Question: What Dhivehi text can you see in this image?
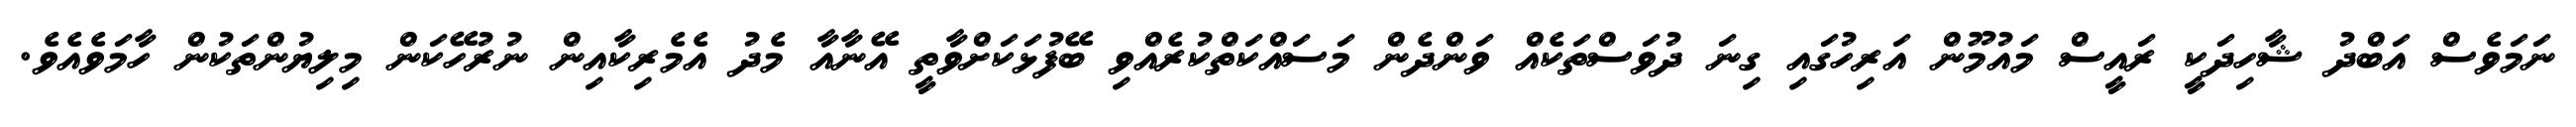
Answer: ނަމަވެސް އަބްދު ޝާހިދަކީ ރައީސް މައުމޫން އަރިހުގައި ގިނަ ދުވަސްތަކެއް ވަންދެން މަސައްކަތްކުރެއްވި ބޭފުޅަކަށްވާތީ އޭނާއާ މެދު އެމެރިކާއިން ނުރުހޭކަން މިލިޔުންތަކުން ހާމަވެއެވެ.